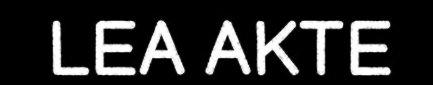
LEA AKTE